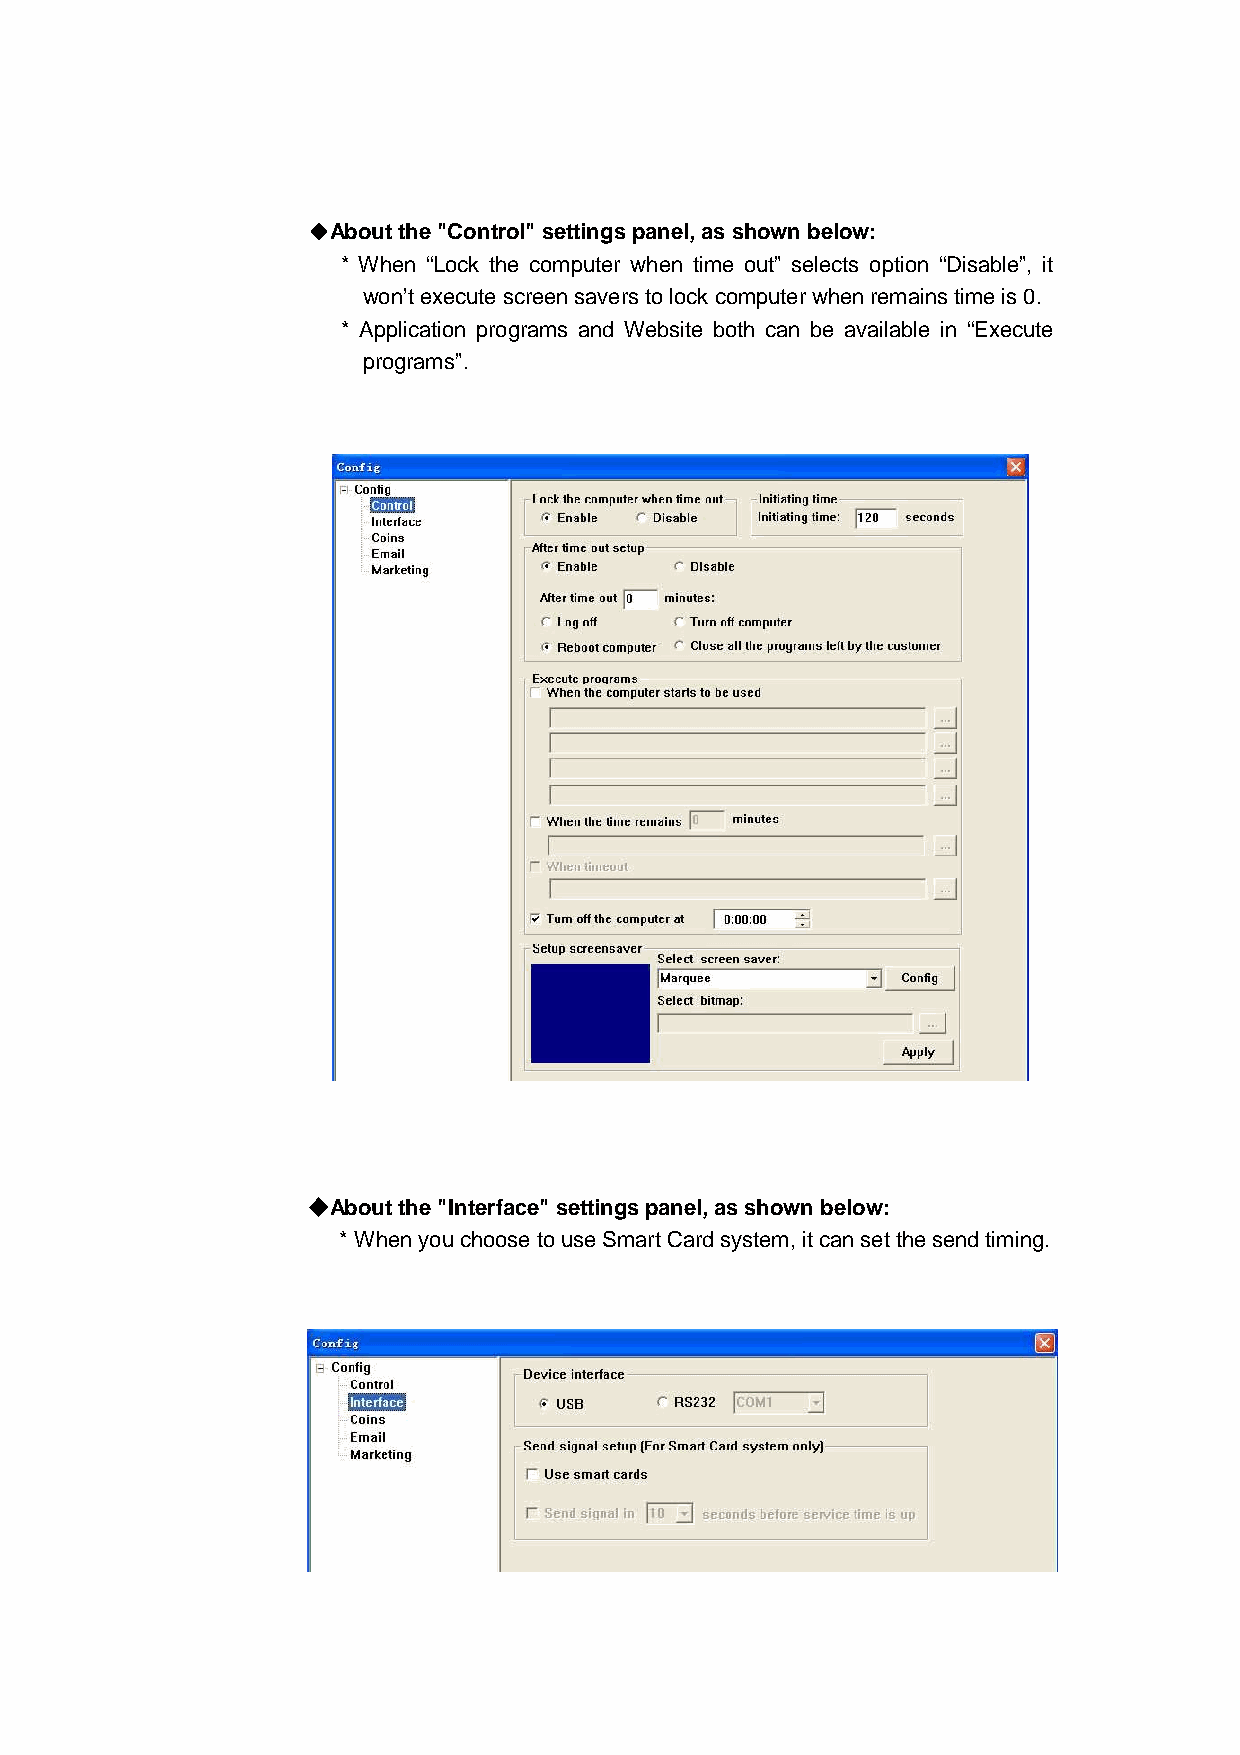
◆◆◆◆About the "Control" settings panel, as shown below:
 * When “Lock the computer when time out” selects option “Disable”, it
 won’t execute screen savers to lock computer when remains time is 0.
 * Application programs and Website both can be available in “Execute
 programs”.
 ◆◆◆◆About the "Interface" settings panel, as shown below:
 * When you choose to use Smart Card system, it can set the send timing.